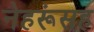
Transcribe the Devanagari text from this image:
नेहरूंसह